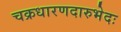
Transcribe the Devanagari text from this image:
चक्रधारणदारुभेदः